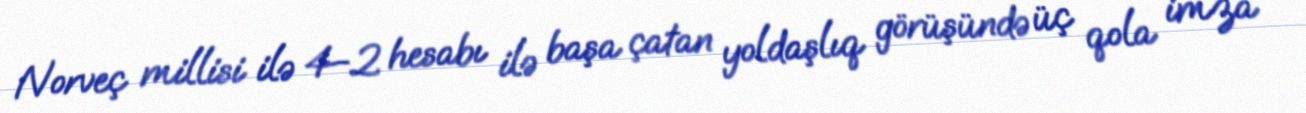
Norveç millisi ilə 4–2 hesabı ilə başa çatan yoldaşlıq görüşündə üç qola imza